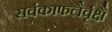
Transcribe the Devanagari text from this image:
सर्वकाफलैर्वृक्षै